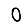
Digit: 0